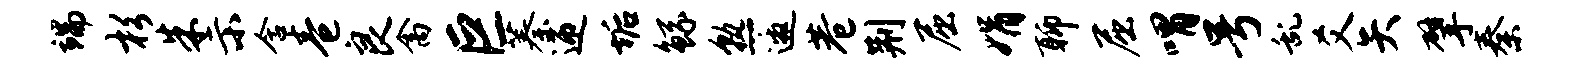
端杉朱示含卷良禽巨蓁迎垢鲧熟邀巷荆屈娟聊屈喟号乱爻矢擘秦